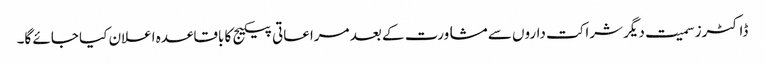
ڈاکٹرز سمیت دیگر شراکت داروں سے مشاورت کے بعد مراعاتی پیکیج کا باقاعدہ اعلان کیا جائے گا۔